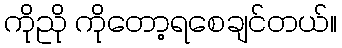
ကိုညို ကိုတော့ရစေချင်တယ်။